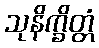
သုနိက္ခိတ္တံ